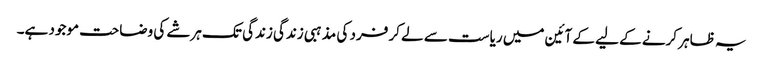
یہ ظاہر کرنے کے لیے کے آئین میں ریاست سے لے کر فرد کی مذہبی زندگی زندگی تک ہرشے کی وضاحت موجود ہے۔